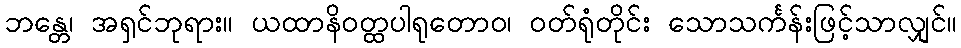
ဘန္တေ၊ အရှင်ဘုရား။ ယထာနိဝတ္ထပါရုတောဝ၊ ဝတ်ရုံတိုင်း သောသင်္ကန်းဖြင့်သာလျှင်။